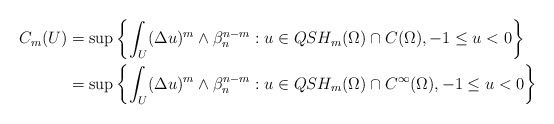
\begin{align*}\begin{aligned}C_m(U)&=\sup\left\{\int_{U}(\Delta u)^m\wedge\beta_n^{n-m}:u\in QSH_m(\Omega)\cap C(\Omega), -1\leq u<0\right\}\\&=\sup\left\{\int_{U}(\Delta u)^m\wedge\beta_n^{n-m}:u\in QSH_m(\Omega)\cap C^{\infty}(\Omega), -1\leq u<0\right\}\end{aligned}\end{align*}